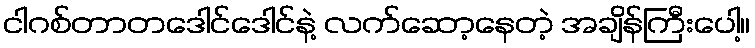
ငါဂစ်တာတဒေါင်ဒေါင်နဲ့ လက်ဆော့နေတဲ့ အချိန်ကြီးပေါ့။